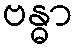
ဗန္ဓာ